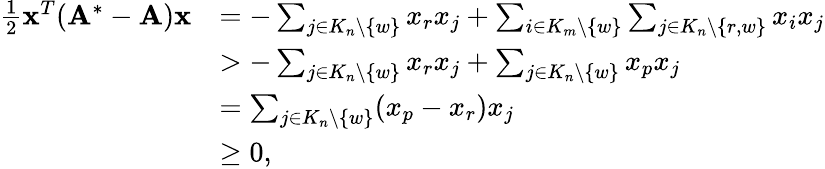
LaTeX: \begin{array}{rl}{\frac{1}{2}\mathbf{x}^{T}(\mathbf{A}^{*}-\mathbf{A})\mathbf{x}}&{=-\sum_{j\in K_{n}\setminus\{ w\} }x_{r}x_{j}+\sum_{i\in K_{m}\setminus\{ w\} }\sum_{j\in K_{n}\setminus\{ r,w\} }x_{i}x_{j}}\\ &{>-\sum_{j\in K_{n}\setminus\{ w\} }x_{r}x_{j}+\sum_{j\in K_{n}\setminus\{ w\} }x_{p}x_{j}}\\ &{=\sum_{j\in K_{n}\setminus\{ w\} }(x_{p}-x_{r})x_{j}}\\ &{\ge 0,}\end{array}